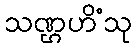
သဏ္ဌဟိံသု